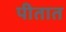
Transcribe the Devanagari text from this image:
पीतात